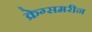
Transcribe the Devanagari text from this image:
क्रेग्समरीन